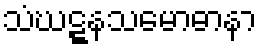
သံဃဋ္ဋနသမောဓာနာ